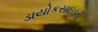
ડાયોકસાઇડની